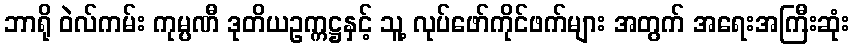
ဘာရို ဝဲလ်ကမ်း ကုမ္ပဏီ ဒုတိယဥက္ကဋ္ဌနှင့် သူ့ လုပ်ဖော်ကိုင်ဖက်များ အတွက် အရေးအကြီးဆုံး